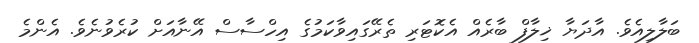
ބަލާލިއެވެ. އާދަޔާ ޚިލާފް ބާރެއް އެކޮޓަރި ތެރޭގައިވާކަމުގެ އިހްސާސް އޭނާއަށް ކުރެވުނެވެ. އެންމެ